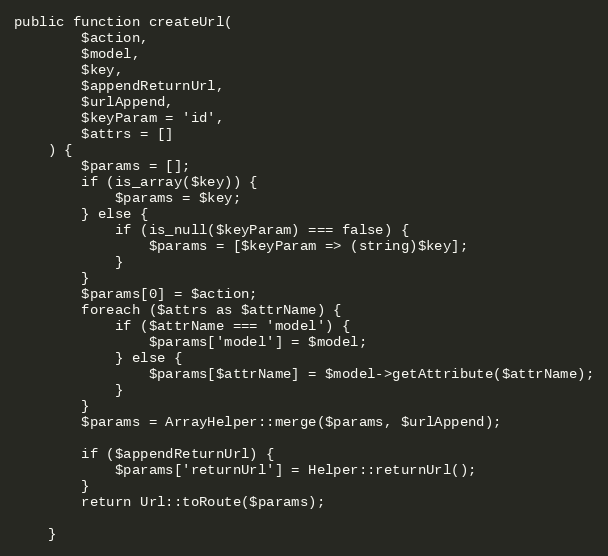
Language: PHP
public function createUrl(
        $action,
        $model,
        $key,
        $appendReturnUrl,
        $urlAppend,
        $keyParam = 'id',
        $attrs = []
    ) {
        $params = [];
        if (is_array($key)) {
            $params = $key;
        } else {
            if (is_null($keyParam) === false) {
                $params = [$keyParam => (string)$key];
            }
        }
        $params[0] = $action;
        foreach ($attrs as $attrName) {
            if ($attrName === 'model') {
                $params['model'] = $model;
            } else {
                $params[$attrName] = $model->getAttribute($attrName);
            }
        }
        $params = ArrayHelper::merge($params, $urlAppend);

        if ($appendReturnUrl) {
            $params['returnUrl'] = Helper::returnUrl();
        }
        return Url::toRoute($params);

    }